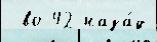
 во 42 наза́д